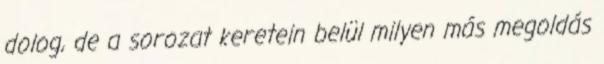
dolog, de a sorozat keretein belül milyen más megoldás